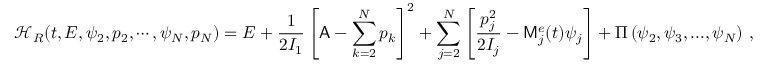
\mathcal { H } _ { R } ( t , E , \psi _ { 2 } , p _ { 2 } , \cdots , \psi _ { N } , p _ { N } ) = E + \frac { 1 } { 2 I _ { 1 } } \left[ \mathsf { A } - \sum _ { k = 2 } ^ { N } p _ { k } \right] ^ { 2 } + \sum _ { j = 2 } ^ { N } \left[ \frac { p _ { j } ^ { 2 } } { 2 I _ { j } } - \mathsf { M } _ { j } ^ { e } ( t ) \psi _ { j } \right] + \Pi \left( \psi _ { 2 } , \psi _ { 3 } , . . . , \psi _ { N } \right) \, ,